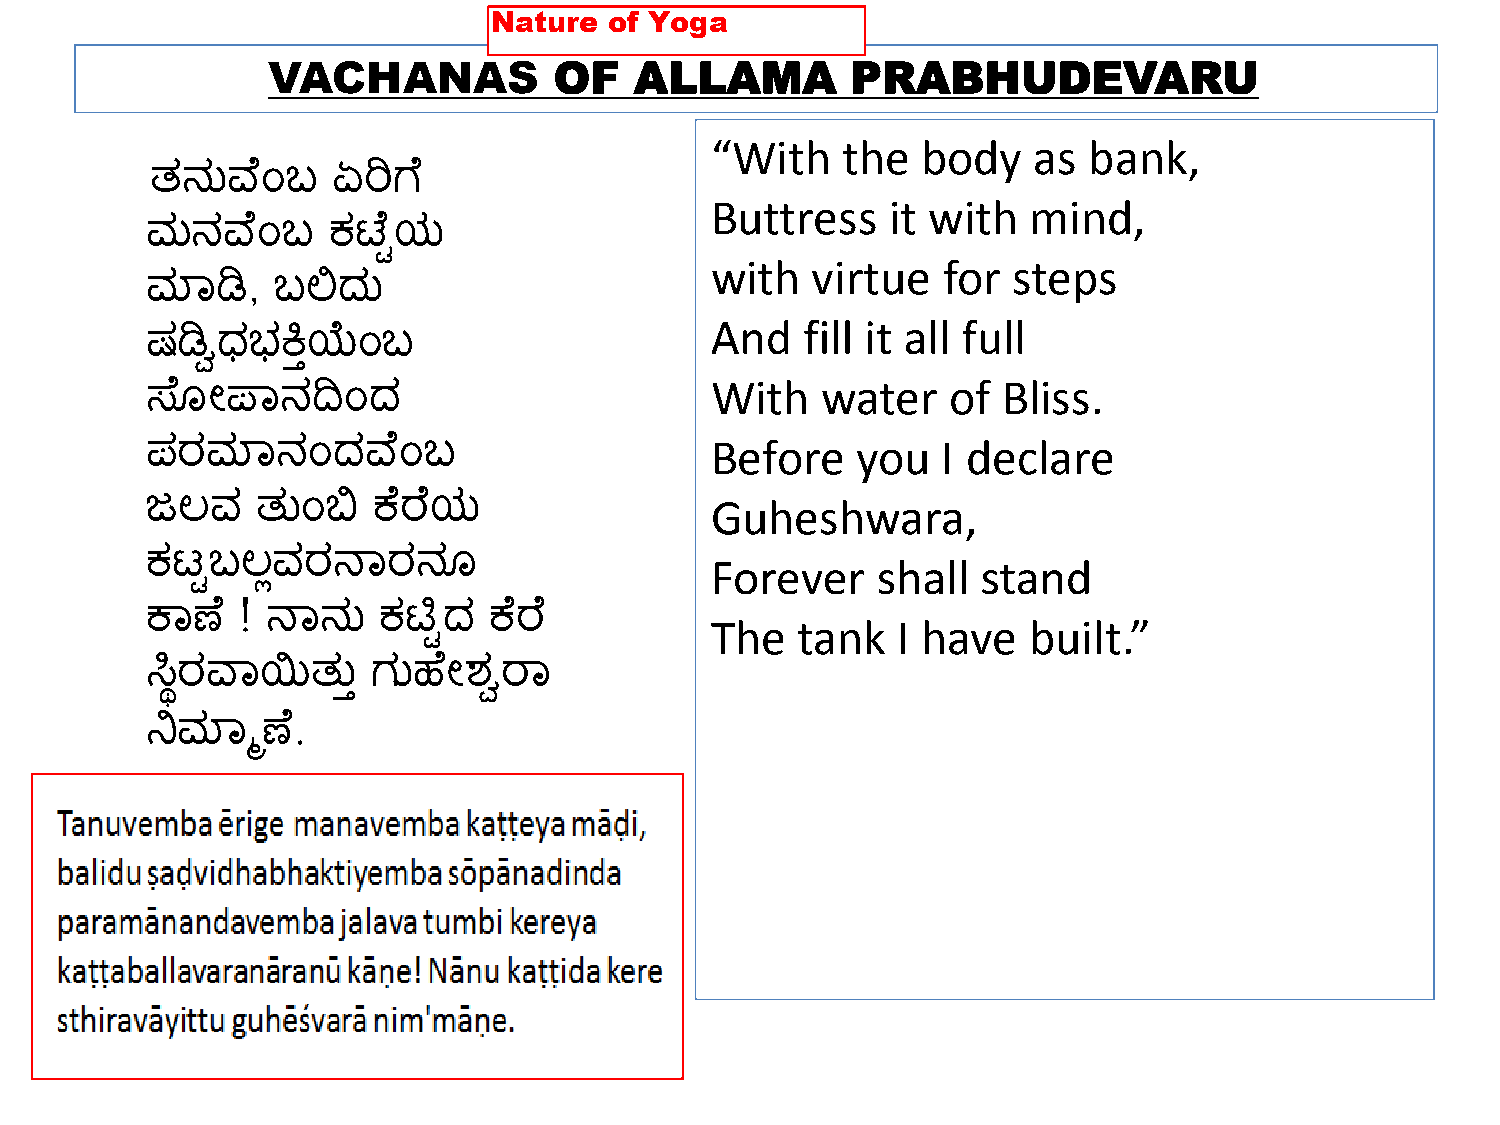
VACHANAS           OF   ALLAMA        PRABHUDEVARU
 “With    the  body   as  bank,
 ತ್ನುವ್ ಂಬ   ಏರಿಗ
 Buttress    it with  mind,
 ಮನವ್   ಂಬ   ಕಟ  ುಯ
 with   virtue  for  steps
 ಮಾಡಿ,   ಬಲಿದು
 And   fill it all full
 ಷಡಿವಧಭಕ್ಕಿಯಂಬ
 With   water    of Bliss.
 ಸ ್ೋಪಾನದಿಂದ
 Before    you  I declare
 ಪರಮಾನಂದವ್       ಂಬ
 Guheshwara,
 ಜಲ್ವ   ತ್ುಂಬಿ  ಕ ರ ಯ
 ಕಟುಬಲ್ಲವರನಾರನ್                       Forever    shall  stand
 ಕಾಣ   ! ನಾನು   ಕಟ್ಟುದ ಕ ರ            The   tank  I have   built.”
 ಸಿಿರವ್ಾಯಿತ್ು  ಿ ಗುಹ ೋಶ್ವರಾ
 ನ್ನಮಾಮಣ  .